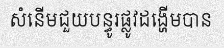
សំនើមជួយបន្ធូរផ្លូវដង្ហើមបាន